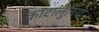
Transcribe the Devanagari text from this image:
काटालुनिया